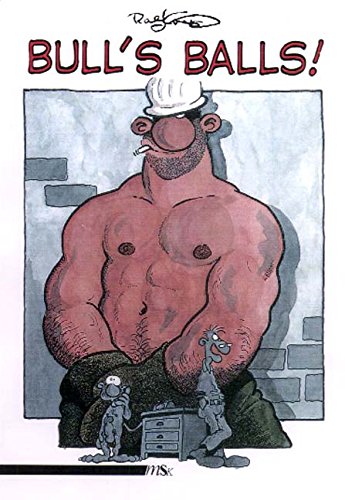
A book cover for Bull's Balls; Ralf Konig; Comics & Graphic Novels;